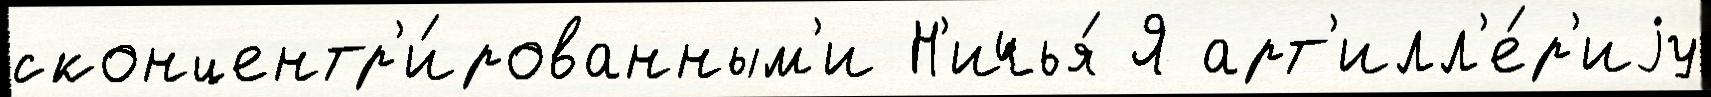
сконцентр'и́рованным'и Н'ичья́ Я арт'илл'е́р'иjу